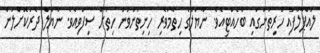
ލައްޕާލާފައި ހުރިތަނުގައި ބެހެއްޓިއެވެ. ނާޔަލްގެ ހިތާމަވެރި ހިނިތުންވުން ހިތަށް ސިފަވިއެވެ. ނާޔަލް ދެރަކޮށްލަން